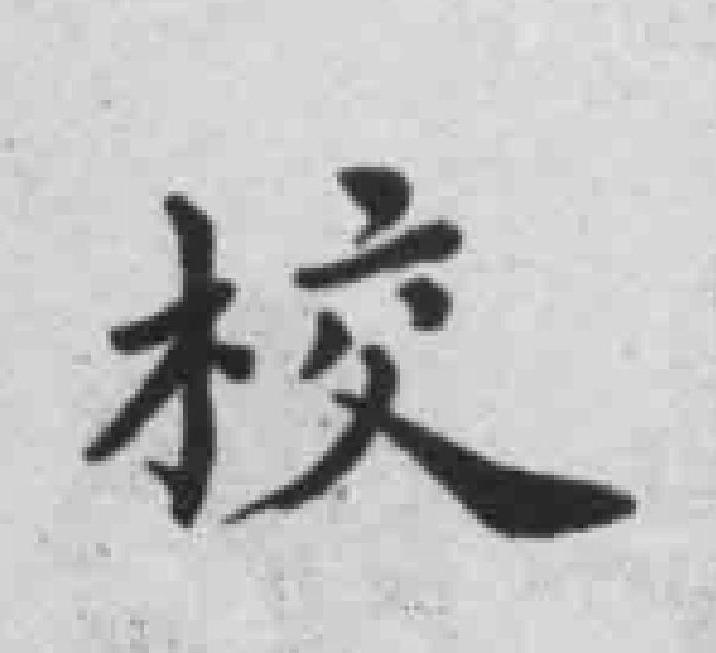
校